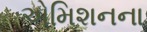
એમિશનના